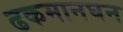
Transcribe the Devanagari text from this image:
ढकमानघन